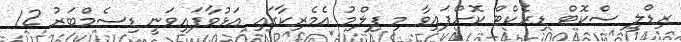
ރިޑްލީ ސްކޮޓް ޑިރެކްޓް ކޮށްފައިވާ މި ފިލްމު އެމެރިކާގައި އަޅުވާފައިވަނީ ޑިސެމްބަރު 12